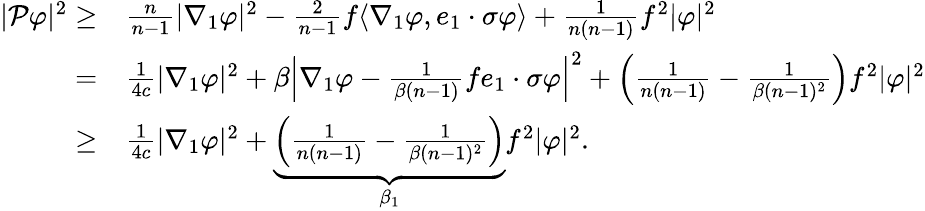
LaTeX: \begin{array}{rl}{|\mathcal{P}\varphi|^{2}\geq}&{\frac{n}{n-1}|\nabla_{1}\varphi|^{2}-\frac{2}{n-1}f\langle\nabla_{1}\varphi,e_{1}\cdot\sigma\varphi\rangle+\frac{1}{n(n-1)}f^{2}|\varphi|^{2}}\\ {=}&{\frac{1}{4c}|\nabla_{1}\varphi|^{2}+\beta\left|\nabla_{1}\varphi-\frac{1}{\beta(n-1)}fe_{1}\cdot\sigma\varphi\right|^{2}+\left(\frac{1}{n(n-1)}-\frac{1}{\beta(n-1)^{2}}\right)f^{2}|\varphi|^{2}}\\ {\ge}&{\frac{1}{4c}|\nabla_{1}\varphi|^{2}+\underbrace{\left(\frac{1}{n(n-1)}-\frac{1}{\beta(n-1)^{2}}\right)}_{\beta_{1}}f^{2}|\varphi|^{2}.}\end{array}